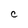
Character: C